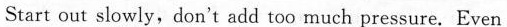
Start out slowly, don't add too much pressure. Even